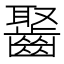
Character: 𪘸